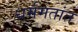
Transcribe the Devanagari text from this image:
धर्ममतांत